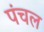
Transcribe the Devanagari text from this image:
पंचल